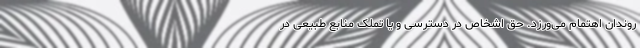
روندان اهتمام می‌ورزد. حق اشخاص در دسترسی و یا تملک منابع طبیعی در